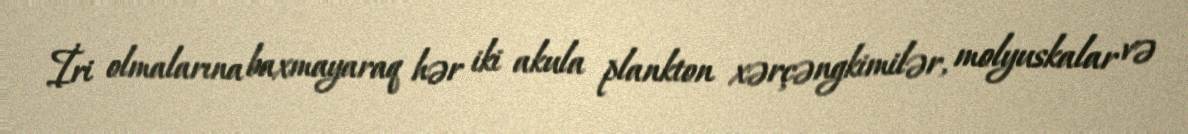
İri olmalarına baxmayaraq hər iki akula plankton xərçəngkimilər, molyuskalar və